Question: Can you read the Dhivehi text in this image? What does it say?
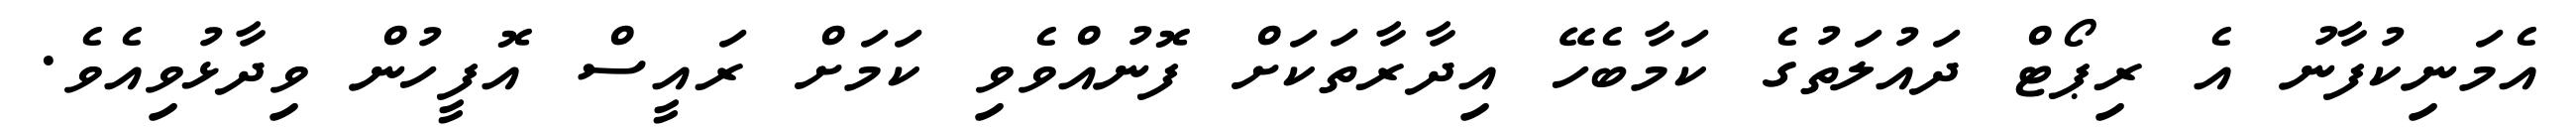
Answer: އެމަނިކުފާނު އެ ރިޕޯޓް ދައުލަތުގެ ކަމާބެހޭ އިދާރާތަކަށް ފޮނުއްވެވި ކަމަށް ރައީސް އޮފީހުން ވިދާޅުވިއެވެ.